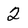
Character: 2